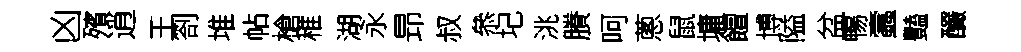
凶殯逍王劄堆帖槍稚湖永昻叔叅圮洮賸呵蔥鼠墉饘博隘盆暢蠧豔釅